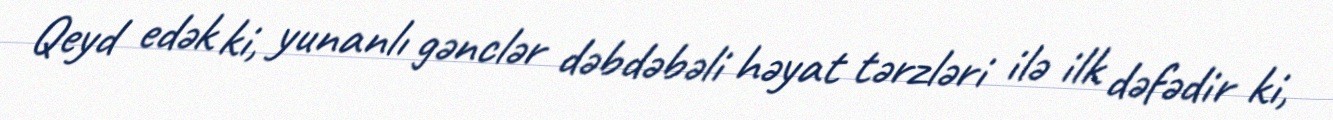
Qeyd edək ki, yunanlı gənclər dəbdəbəli həyat tərzləri ilə ilk dəfədir ki,